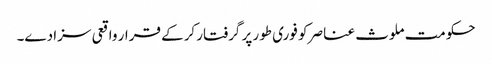
حکومت ملوث عناصر کو فوری طور پر گرفتار کرکے قرار واقعی سزا دے۔